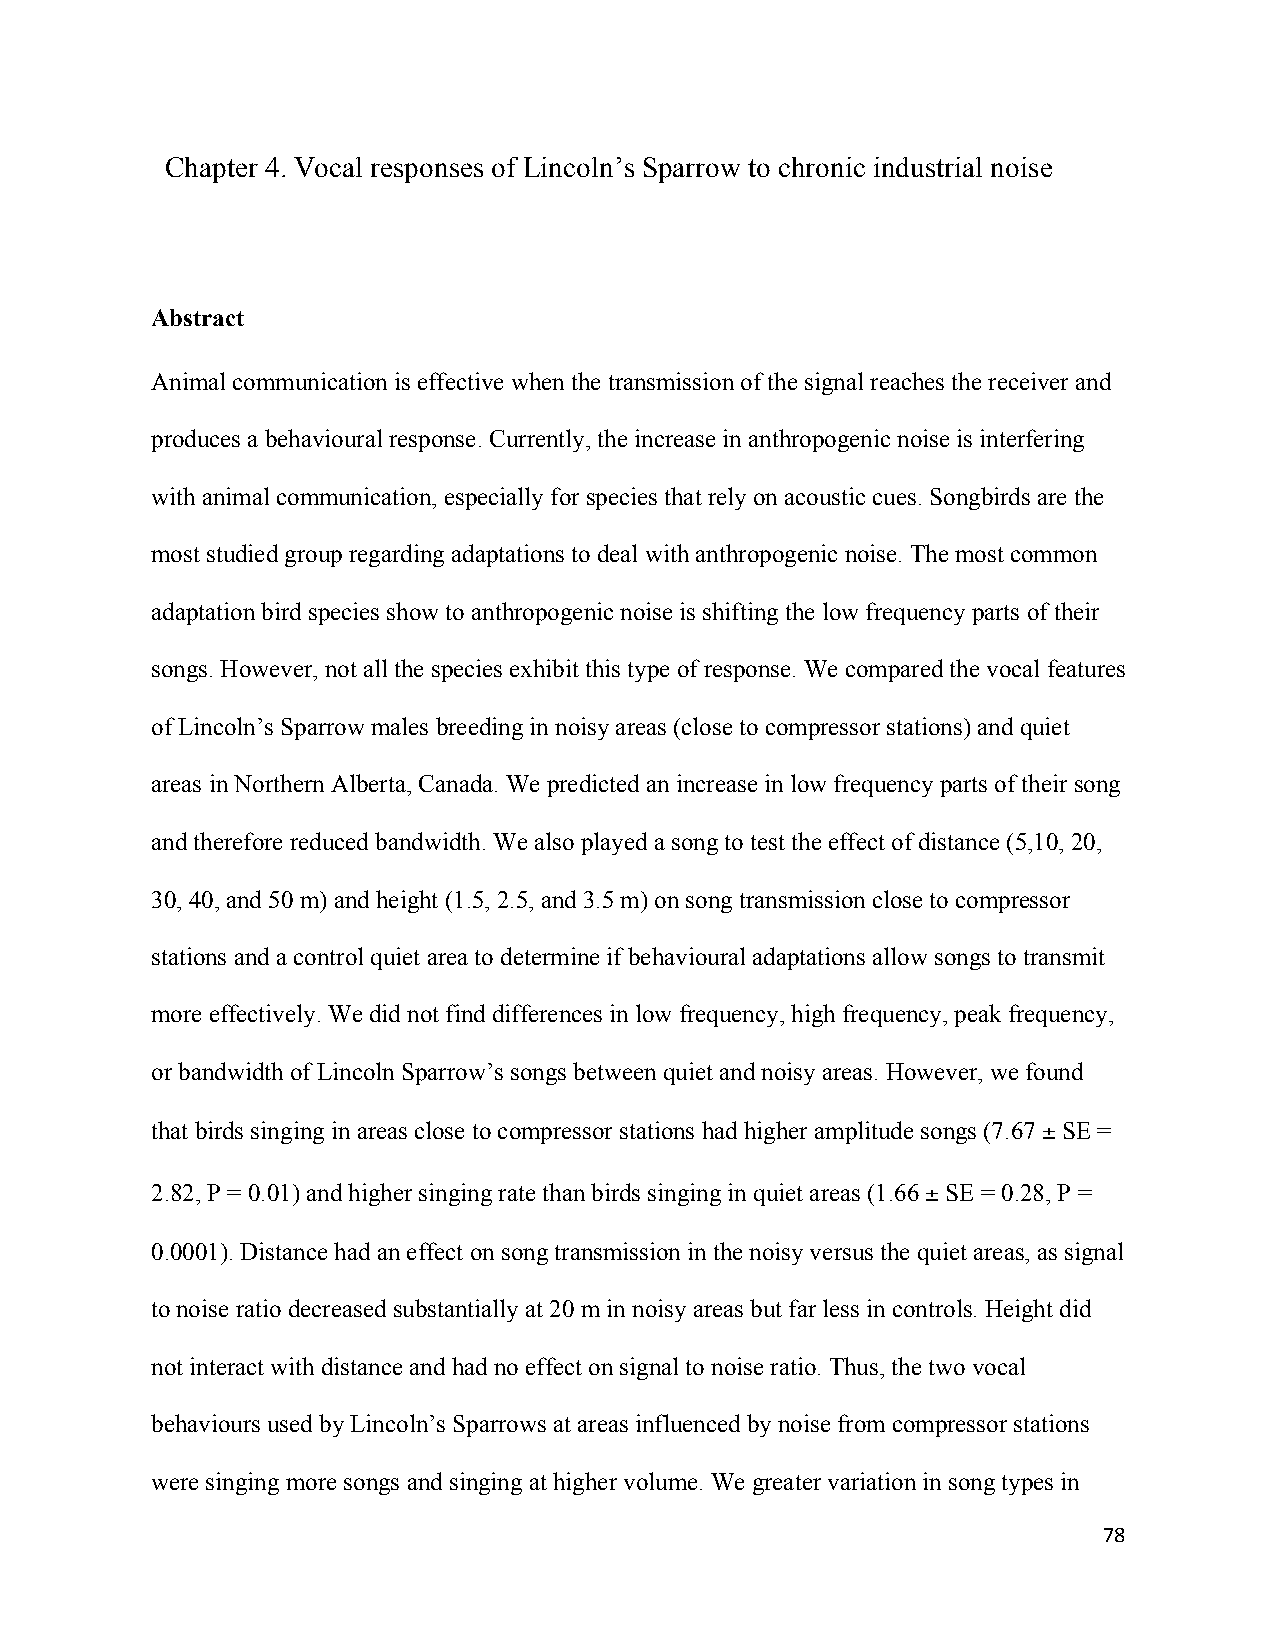
Chapter 4. Vocal responses of Lincoln’s Sparrow to chronic industrial noise
 Abstract
 Animal communication is effective when the transmission of the signal reaches the receiver and
 produces a behavioural response. Currently, the increase in anthropogenic noise is interfering
 with animal communication, especially for species that rely on acoustic cues. Songbirds are the
 most studied group regarding adaptations to deal with anthropogenic noise. The most common
 adaptation bird species show to anthropogenic noise is shifting the low frequency parts of their
 songs. However, not all the species exhibit this type of response. We compared the vocal features
 of Lincoln’s Sparrow males breeding in noisy areas (close to compressor stations) and quiet
 areas in Northern Alberta, Canada. We predicted an increase in low frequency parts of their song
 and therefore reduced bandwidth. We also played a song to test the effect of distance (5,10, 20,
 30, 40, and 50 m) and height (1.5, 2.5, and 3.5 m) on song transmission close to compressor
 stations and a control quiet area to determine if behavioural adaptations allow songs to transmit
 more effectively. We did not find differences in low frequency, high frequency, peak frequency,
 or bandwidth of Lincoln Sparrow’s songs between quiet and noisy areas. However, we found
 that birds singing in areas close to compressor stations had higher amplitude songs (7.67 ± SE =
 2.82, P = 0.01) and higher singing rate than birds singing in quiet areas (1.66 ± SE = 0.28, P =
 0.0001). Distance had an effect on song transmission in the noisy versus the quiet areas, as signal
 to noise ratio decreased substantially at 20 m in noisy areas but far less in controls. Height did
 not interact with distance and had no effect on signal to noise ratio. Thus, the two vocal
 behaviours used by Lincoln’s Sparrows at areas influenced by noise from compressor stations
 were singing more songs and singing at higher volume. We greater variation in song types in
 78